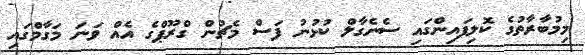
މިމުބާރާތުގެ ކޮލިފައިންގައި ސެނެގާލް ކުޅުނު ފަސް މެޗުން ގްރޫޕްގެ އެއް ވަނަ މަގާމްގައި